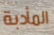
المأدبة